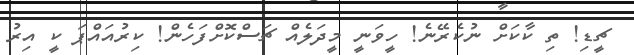
ޗީޑި! ތި ކާކަށް ނުކެރޭނެ! ހީވަނީ މީދަލެއް ޗަސްކޮށްފަހެން! ކިރުއައްޕަ ކީ އިރު